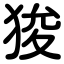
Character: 狻